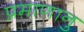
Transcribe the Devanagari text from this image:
प्रमाणानु